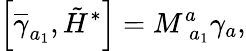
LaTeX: \left[\overline{{{\gamma}}}_{a_{1}},\tilde{H}^{*}\right]=M_{\; a_{1}}^{a}\gamma_{a},